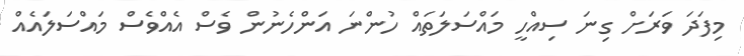
މިފަދަ ވަރަށް ގިނަ ސިއްހީ މައްސަލަތައް ހުންނަ އަންހެނުން ވެސް އެއްވެސް މައްސަލައެއް